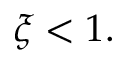
\xi < 1 .